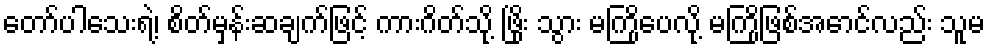
တော်ပါသေးရဲ့၊ စိတ်မှန်းဆချက်ဖြင့် ကားဂိတ်သို့ ဖြိုး သွား မကြိုပေလို့ မကြိုဖြစ်အောင်လည်း သူမ